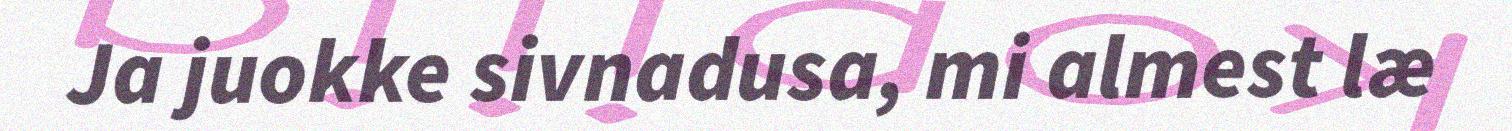
Ja juokke sivnadusa, mi almest læ